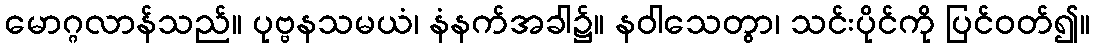
မောဂ္ဂလာန်သည်။ ပုဗ္ဗနသမယံ၊ နံနက်အခါ၌။ နဝါသေတွာ၊ သင်းပိုင်ကို ပြင်ဝတ်၍။